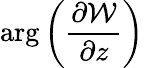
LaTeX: \mathrm{arg}\left({\frac{\partial{\cal W}}{\partial z}}\right)